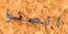
انصتوا